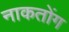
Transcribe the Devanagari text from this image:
नाकतोंग